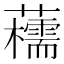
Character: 𧄨